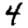
Digit: 4